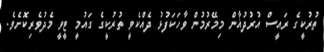
ތުރުކީގެ ރައީސް އުރުދުޣާން މިމޭރުމުން ވާހަކަފުޅު ދެއްކެވީ ތުރުކީގެ ގައުމީ ޓީވީ މެދުވެރިކޮށެވެ.